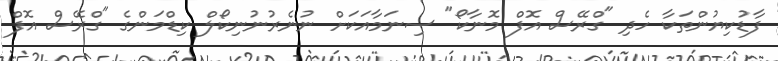
ފާޑުކިޔުންތަކާ ހެދި "ގްރޭސް އޮފް މޮނާކޯ" ސިނަމާއަކަށް ނުނެރުނުނިކޯލް ކިޑްމަންގެ "ގްރޭސް އޮފް